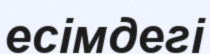
есімдегі